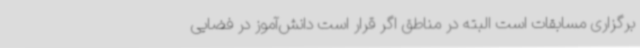
برگزاری مسابقات است البته در مناطق اگر قرار است دانش‌آموز در فضایی